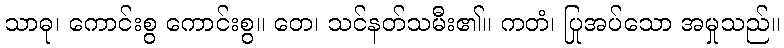
သာဓု၊ ကောင်းစွ ကောင်းစွ။ တေ၊ သင်နတ်သမီး၏။ ကတံ၊ ပြုအပ်သော အမှုသည်။